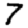
Digit: 7